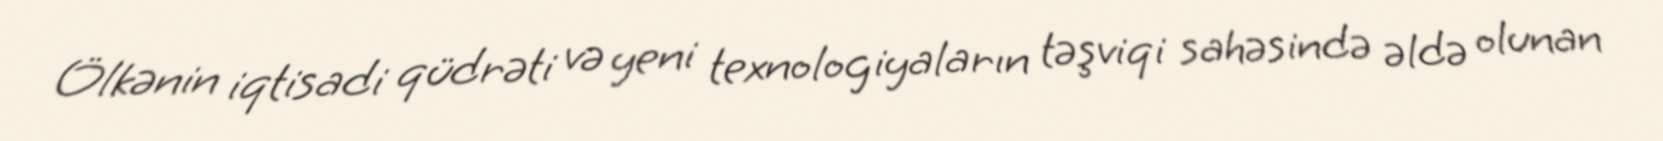
Ölkənin iqtisadi qüdrəti və yeni texnologiyaların təşviqi sahəsində əldə olunan